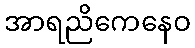
အာရညိကေနေဝ